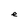
Character: e